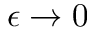
\epsilon \rightarrow 0